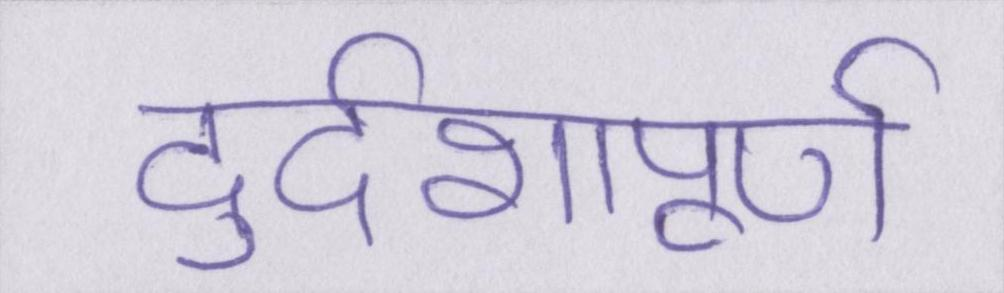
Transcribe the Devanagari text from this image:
दुर्दशापूर्ण